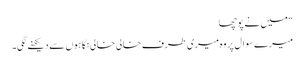
“ میں نے پوچھا
میرے سوال پر وہ میری طرف خالی خالی نگاہوں سے دیکھنے لگی۔